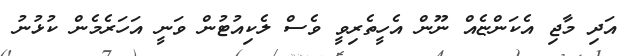
އަދި މާޖި އެކަންޏެއް ނޫން އެހީތެރިވީ ވެސް ލެކިއުޓުން ވަނީ އަހަރެމެން ކުޅުނު